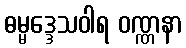
ဓမ္မဒ္ဒေသဝါရ ဝဏ္ဏနာ